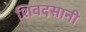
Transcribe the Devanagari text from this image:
शिवदसानी